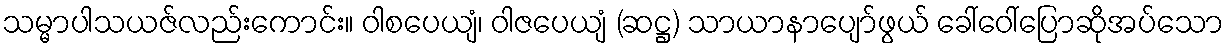
သမ္မာပါသယဇ်လည်းကောင်း။ ဝါစပေယျံ၊ ဝါဇပေယျံ (ဆဋ္ဌ) သာယာနာပျော်ဖွယ် ခေါ်ဝေါ်ပြောဆိုအပ်သော